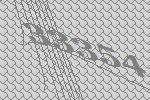
33354